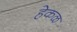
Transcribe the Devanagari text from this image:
हेकळ